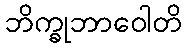
ဘိက္ခုဘာဝေါတိ